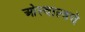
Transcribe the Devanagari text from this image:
ओस्वाल्डचे